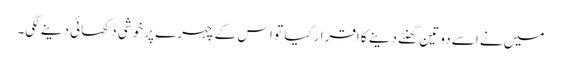
میں نے اسے دو تین گھنٹے دینے کا اقرارکیا تو اس کے چہرے پر خوشی دکھائی دینے لگی۔